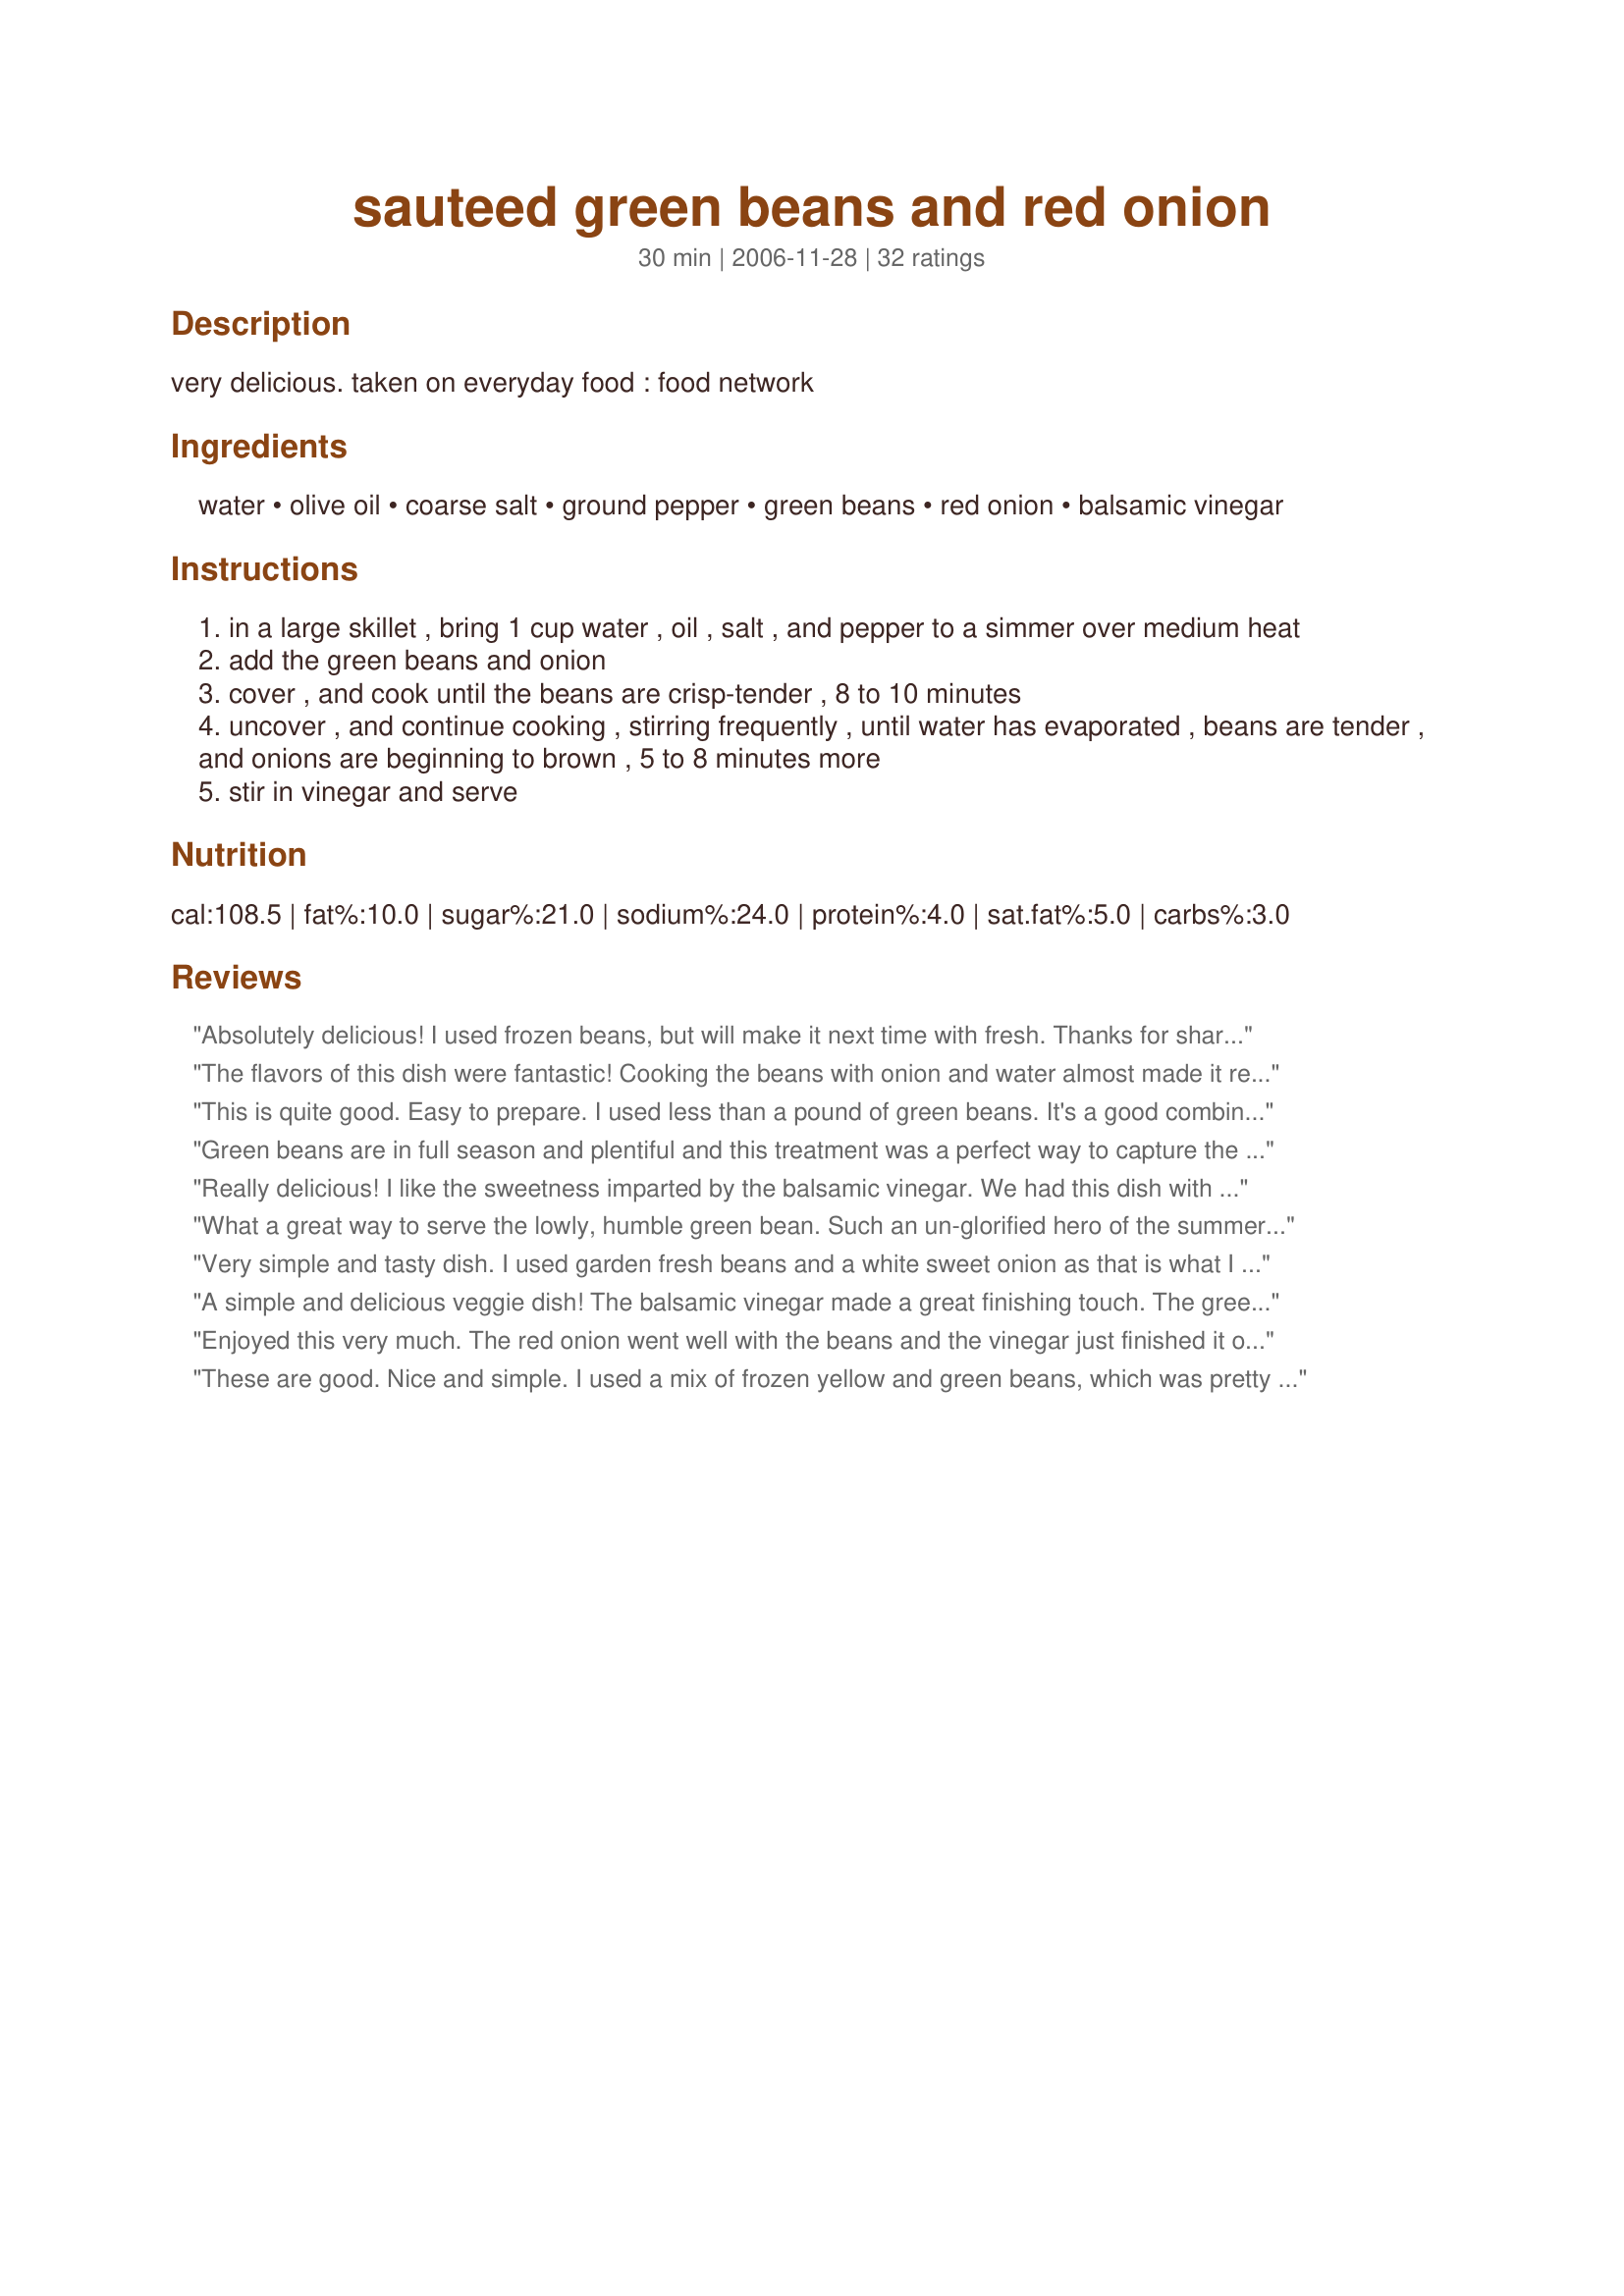
sauteed green beans and red onion
Preparation time: 30 minutes

very delicious. taken on everyday food : food network

Ingredients:
water, olive oil, coarse salt, ground pepper, green beans, red onion, balsamic vinegar

Steps:
in a large skillet , bring 1 cup water , oil , salt , and pepper to a simmer over medium heat
add the green beans and onion
cover , and cook until the beans are crisp-tender , 8 to 10 minutes
uncover , and continue cooking , stirring frequently , until water has evaporated , beans are tender , and onions are beginning to brown , 5 to 8 minutes more
stir in vinegar and serve

Reviews:
Absolutely delicious! I used frozen beans, but will make it next time with fresh. Thanks for sharing!
The flavors of this dish were fantastic! Cooking the beans with onion and water almost made it reminiscent of french onion soup! I did feel that the green beans were very over cooked though. I think that could easily be solved by cutting the water in half. Thanks for the great method and mixture of ingredients!
This is quite good. Easy to prepare. I used less than a pound of green beans. It's a good combination. Thanks for a great recipe.
Green beans are in full season and plentiful and this treatment was a perfect way to capture the beans' crisp and fresh flavors. I really enjoyed that with the stated cooking times, the onion was soft and tender while the beans still had some snap. In addition the balsamic and olive oil glaze worked really nicely to frame the taste of the vegetables. To make this fit my lowfat lifestyle, I reduced the olive oil to 4 teaspoons and don't think the dish suffered.
Really delicious! I like the sweetness imparted by the balsamic vinegar. We had this dish with our Easter lamb and it was a perfect compliment. I will certainly make this dish again.
What a great way to serve the lowly, humble green bean. Such an un-glorified hero of the summer garden! We loved these and--lucky me--I made enough for some lefotvers, too. Delish-me-ous!
Very simple and tasty dish. I used garden fresh beans and a white sweet onion as that is what I had on hand. The beans were cooked until crisp tender and I did end of draining off the water prior to allowing then to saute for a few minutes. I am always looking for new ways to prepare green beans and I am sure I will be using this recipe again. Thank you. Made for ZWT 8.
A simple and delicious veggie dish! The balsamic vinegar made a great finishing touch. The green beans were a touch more done than our liking, so next time I will pull them off sooner. That's just a personal preference, though. Thanks for sharing! ZWT8
Enjoyed this very much. The red onion went well with the beans and the vinegar just finished it off nicely. I used frozen beans.
These are good. Nice and simple. I used a mix of frozen yellow and green beans, which was pretty with the pink of the onion. Nice flavors. I served this with tilapia and buttered rice. Thanks!
These were quite tasty and very easy to make. I really liked the vinegar flavor. The beans ended up getting a bit overcooked for my taste, but I like my veggies on the crisp side. Dh thought they were great as is. Next time I will shorten the first stage of cooking (poor dh).
This was a GREAT green bean recipe! Very nice flavor. I used a white onion and all else the same. I do think the cook time is too long because the beans turn out too soft. Next time I'll add half the water and cook them half the amount of time. Made for the Zaar Stars tag game.
Although my DH said they were "ok," my picky child liked them and I liked them so much I ate whatever was left over :lol:! I used frozen green beans that I defrosted in the microwave a bit. Fresh would be better for company, as the frozen came out a little over done (soft). I am not a big fan of balsamic vinegar, so I only added 1/2 tsp. They were great!
These went over well for our Christmas dinner with the family. Loved the balsamic vinegar addition. Thanks for sharing.
Both DH and I loved these beans! No leftovers for us, we finished them! There is a sweetness to the beans and onions I enjoyed. Really easy to prepare and the balsamic at the end just topped it off for us. Thanks so much Boomie, this is definately a Zaar Star!
Simple and tasty side dish! The prep was easy and the balsamic vinegar added just the right 'bite'. Thanks Boomette.
I made this last night along with Zesty Gooey Chicken and we loved it. This is my new favorite green bean recipe. Thanks for posting this recipe.
I used fresh green beans, and I also added garlic powder, but other than that made the same. I loved the beans cooked this way. I will definately be making them again, and soon! Thanks Boomie. Linda
Just loved the the balsamic vinegar with the beans and the onions. I make a similar recipe but have always used cider vinegar, but needed alot more of it in order to get the flavor. I didn't have fresh beans, so used canned green beans and skipped the water and cooking part and then I sprinkled some crumbled bacon on top just before serving. Thanks Boomette for a great recipe.
I loved this recipe. So simple yet so much flavour. Thankyou for posting.
My family thought these beans were good but that they would have been much better if the onions had been caramelized in a skillet first instead of adding to the water. But everyone did like them. Thanks for posting. ~Sue
Delicious flavor and easy to make! Thank you for a great way tp prepare fresh beans that my whole family enjoyed!! I made exactly as directed. This is a keeper! ;)
I did a few changes to this, I added in 1 teaspoon garlic powder and I used seasoned salt to the water, I also increased the balsamic vinegar slightly. I used frozen whole beans in place of fresh, I look forward to my summer's crop to make this again with fresh beans, thanks Booms we enjoyed this.
I made this with frozen beans tonight to go with some salmon. It's a welcome change from the usual. Mine didn't even take 30 mins but was done is about 20. I really enjoyed the balsamic in this dish. It's a very good side that would be good with so many things!
This is a very good and colorful way to fix gr beans with a light vinegar taste. I made these the Semi-Homemade way by using a bag of frozen gr beads. Your recipe is a kicked up version from another recipe I've made like this but it does not have the onion or vinegar in it. Boomette, thank you for posting. I'll be making this recipe again, I think I'll make it for our Easter family gathering. Made for *Zaar Stars* game 2008
Love these, love the addition of the balsamic vinegar. It goes really well with the beans and onions! A great option for preparing green beans.
We liked these, they were very easy and took no time at all to prepare, a good side for a weeknight supper.

Although I followed directions, I cooked them in my convection microwave, allowing about the same amount of time, but keeping the stove top free.

Thanks Boomette, for another great way to eat a favourite vegetable! :D
Great!
Wow! These are AMAZING! I LOVE that I can make these for my family ANY day of the week and it is FAST and easy yet looks MARVELOUSLY STUPENDOUS, like I have been SLAVING away ALL DAY! I can see these gracing ANY Holiday, 4 star restaurant or even a special dinner table. I did use some frozen Haricot Verts, reduced the water to 1/2 cup and reduced the cooking time to about 5-8 minutes total. Thank you so very very much Boomette for a fantastic recipethat makes ME look like a ROCK star every day of the year! Made for Beverage TAG!
Quick, easy, and convent for busy work nights. Used frozen cut beans as that was what I had in the freezer which did cut the cooking time by about 5 minutes.
I loved this. I made sure the onions were quite dark so I got a nice caramelized flavour out of them, not usuallly a lover of green beans but this dish is a winner. Sadly Fusspot DH still didn't eat all his but he never does.. Thanks Boomie!
Great! Used fresh green beans and served with Bangers and Mash. For ZWT.
